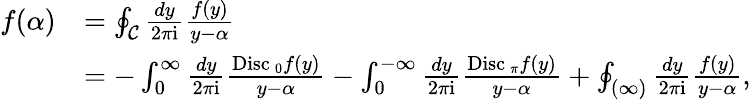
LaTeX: \begin{array}{rl}{f(\alpha)}&{=\oint_{\mathcal{C}}\frac{dy}{2\pi\mathrm{i}}\frac{f(y)}{y-\alpha}}\\ &{=-\int_{0}^{\infty}\frac{dy}{2\pi\mathrm{i}}\frac{{\mathrm{Disc\, }}_{0}f(y)}{y-\alpha}-\int_{0}^{-\infty}\frac{dy}{2\pi\mathrm{i}}\frac{{\mathrm{Disc\, }}_{\pi}f(y)}{y-\alpha}+\oint_{(\infty)}\frac{dy}{2\pi\mathrm{i}}\frac{f(y)}{y-\alpha},}\end{array}